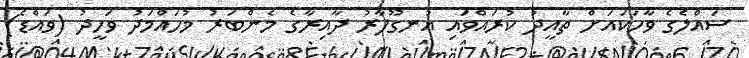
ސައްލެގެ ވާހަކައަށް ތާއީދު ކުރައްވައި އުނގޫފާރު ދާއިރާގެ މެންބަރު މުހައްމަދު ވަހީދު (ވައްޑެ)